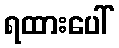
ရထားပေါ်